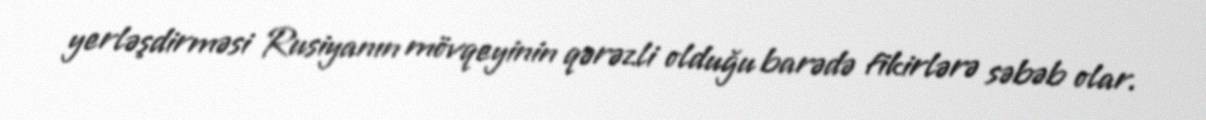
yerləşdirməsi Rusiyanın mövqeyinin qərəzli olduğu barədə fikirlərə səbəb olar.